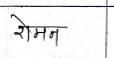
मजकूर: रोमन